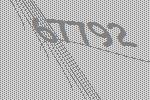
67792